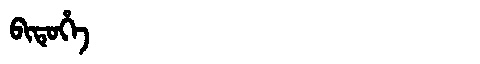
Manchu: ᠪᡳᡨᡠᡥᡝ
Romanization: BITUHE